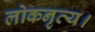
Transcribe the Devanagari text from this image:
लोकनृत्य।